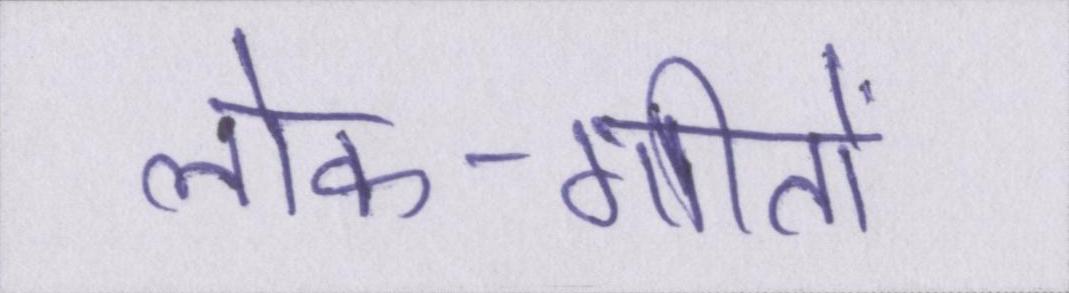
लोक-गीतों